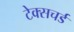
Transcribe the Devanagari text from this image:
टेक्सचर्ड